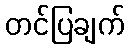
တင်ပြချက်